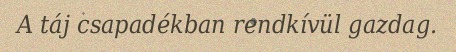
A táj csapadékban rendkívül gazdag.